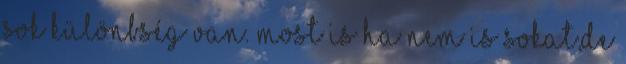
sok különbség van. Most is ha nem is sokat,de